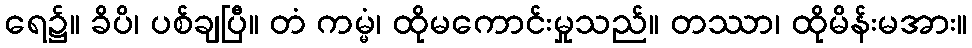
ရေ၌။ ခိပိ၊ ပစ်ချပြီ။ တံ ကမ္မံ၊ ထိုမကောင်းမှုသည်။ တဿာ၊ ထိုမိန်းမအား။